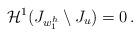
LaTeX: \begin{align*}\mathcal{H}^1(J_{w_1^h} \setminus J_u) = 0\,.\end{align*}